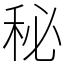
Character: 秘